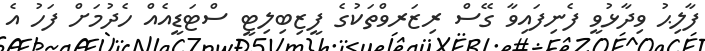
ފާލިޙު ވިދާޅުވީ ފެނިފައިވާ ގޭސް ރިޒަރވްތަކުގެ ފީޒިބިލިޓީ ސްޓަޑީއެއް ހެދުމަށް ފަހު އެ